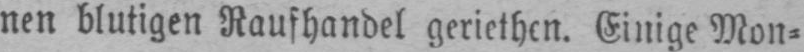
nen blutigen Raufhandel geriethen. Einige Mon⸗